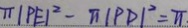
\pi \vert P E \vert ^ { 2 } - \pi \vert P D \vert ^ { 2 } = \pi